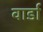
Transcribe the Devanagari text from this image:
वार्डा